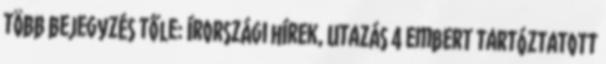
több bejegyzés tőle: Írországi hírek, Utazás 4 embert tartóztatott